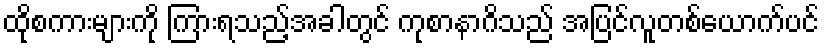
ထိုစကားများကို ကြားရသည့်အခါတွင် ကုစာနာဂိသည် အပြင်လူတစ်ယောက်ပင်